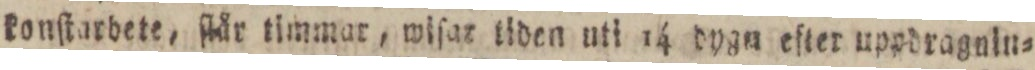
konſtarbete, ſlår timmar, wiſar tiden uti 14 dygn eſter uppdragnin=